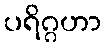
ပရိဂ္ဂဟာ